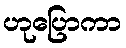
ဟုပြောကာ